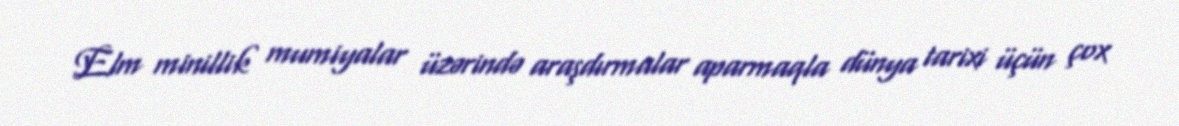
Elm minillik mumiyalar üzərində araşdırmalar aparmaqla dünya tarixi üçün çox